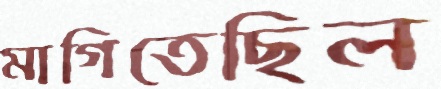
মাগিতেছিল